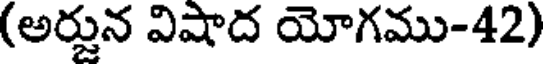
(అర్జున విషాద యోగము-42)